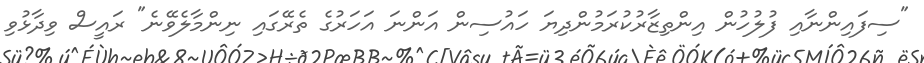
"ސިފައިންނާއި ފުލުހުން އިންތިޒާރުކުރަމުންދިޔަ ހައުސިން އަންނަ އަހަރުގެ ތެރޭގައި ނިންމާލެވޭނެ" ރައީސް ވިދާޅުވި